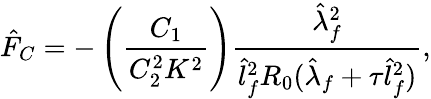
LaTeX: \hat{F}_{C}=-\left(\frac{C_{1}}{C_{2}^{2}K^{2}}\right)\frac{\hat{\lambda}_{f}^{2}}{\hat{l}_{f}^{2}R_{0}(\hat{\lambda}_{f}+\tau\hat{l}_{f}^{2})},